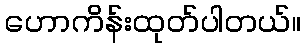
ဟောကိန်းထုတ်ပါတယ်။